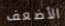
الأضعف